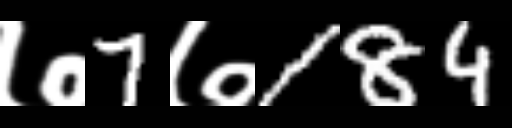
Text: ७7७184